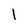
Character: l